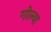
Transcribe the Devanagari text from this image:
गोल्वा